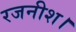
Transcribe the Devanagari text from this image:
रजनीश।